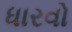
ધારવો